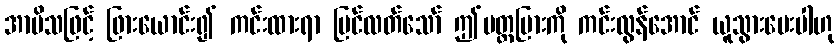
အာမိသဖြင့် ဖြားယောင်း၍ ကင်းထားရာ မြင်လတ်သော် ဤပတ္တမြားကို ကင်းလွန်အောင် ယူသွားပေးပါဟု